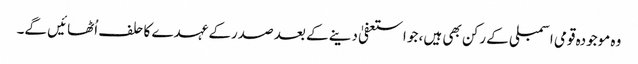
وہ موجودہ قومی اسمبلی کے رکن بھی ہیں، جو استعفیٰ دینے کے بعد صدرکے عہدے کا حلف اُٹھائیں گے۔